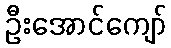
ဦးအောင်ကျော်